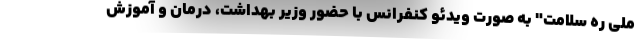
ملی ره سلامت" به صورت ویدئو کنفرانس با حضور وزیر بهداشت، درمان و آموزش